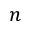
n